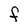
Character: F